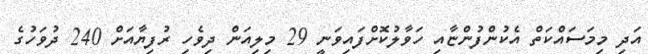
އަދި މިމަސައްކަތް އެކުންފުންޏާއި ހަވާލުކޮށްފައިވަނީ 29 މިލިއަން ދިވެހި ރުފިޔާއަށް 240 ދުވަހުގެ